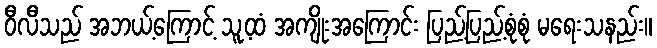
ဝီလီသည် အဘယ့်ကြောင့် သူ့ထံ အကျိုးအကြောင်း ပြည့်ပြည့်စုံစုံ မရေးသနည်း။